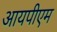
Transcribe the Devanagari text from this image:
आयपीएम